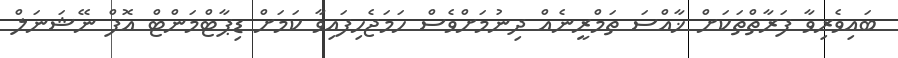
ބައިވެރިވާ ފަރާތްތަކަށް ޚާއްސަ ތަމްރީނެއް ދިނުމަށްވެސް ހަމަޖެހިފައިވާ ކަމަށް ޑިޕާޓްމަންޓް އޮފް ނޭޝަނަލް